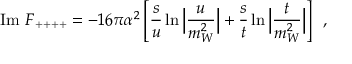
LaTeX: \mathrm { I m ~ } F _ { + + + + } = - 1 6 \pi \alpha ^ { 2 } \left[ \frac { s } { u } \ln \Big | \frac { u } { m _ { W } ^ { 2 } } \Big | + \frac { s } { t } \ln \Big | \frac { t } { m _ { W } ^ { 2 } } \Big | \right] \, \, \, ,